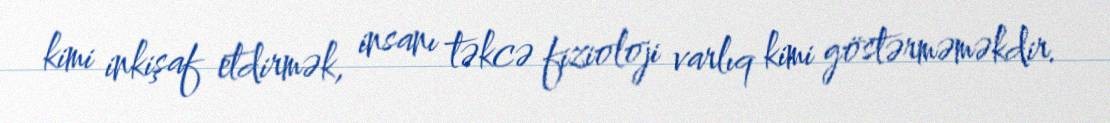
kimi inkişaf etdirmək, insanı təkcə fizioloji varlıq kimi göstərməməkdir.